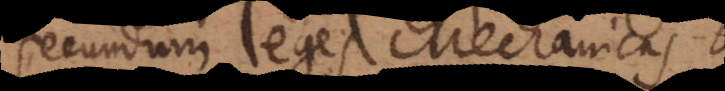
ecundum leges Mechanicas